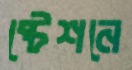
ষ্টেশনে